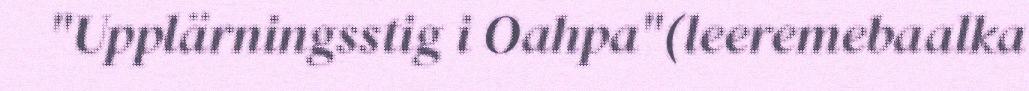
"Upplärningsstig i Oahpa"(leeremebaalka